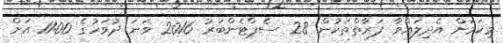
މިކަމަށް އެދިލައްވާ ފަރާތްތަކުން 28 ސެޕްޓެންބަރު 2016 ވަނަ ދުވަހުގެ 11:00 އަށް